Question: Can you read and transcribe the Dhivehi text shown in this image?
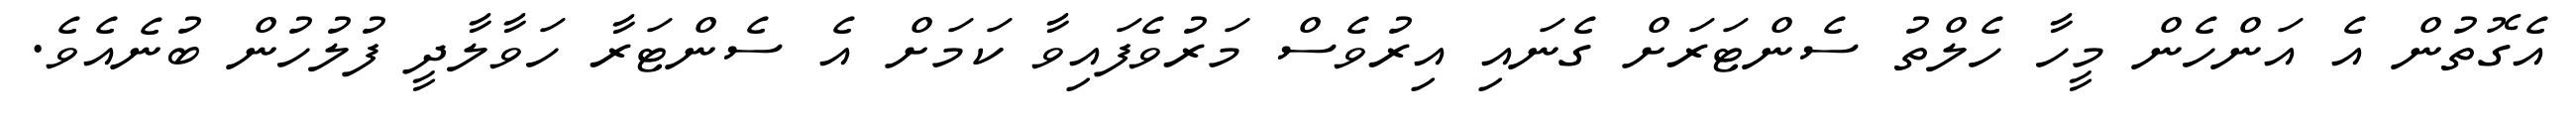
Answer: އެގޮތުން އެ އަންހެން މީހާ ހެލްތު ސެންޓަރަށް ގެނައި އިރުވެސް މަރުވެފައިވާ ކަމަށް އެ ސެންޓަރާ ހަވާލާދީ ފުލުހުން ބުނެއެވެ.